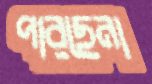
পারছেনা